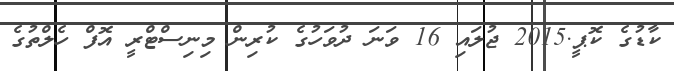
ކާޑުގެ ކޮޕީ.2015 ޖުލައި 16 ވަނަ ދުވަހުގެ ކުރިން މިނިސްޓްރީ އޮފް ހެލްތުގެ